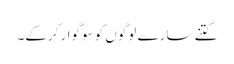
کتنے سارے لوگوں کو سوگوار کرکے۔